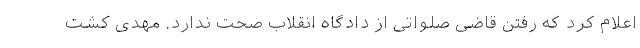
اعلام کرد که رفتن قاضی صلواتی از دادگاه انقلاب صحت ندارد. مهدی کشت